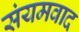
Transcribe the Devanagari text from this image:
संयमवाद